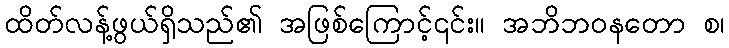
ထိတ်လန့်ဖွယ်ရှိသည်၏ အဖြစ်ကြောင့်၎င်း။ အဘိဘဝနတော စ၊